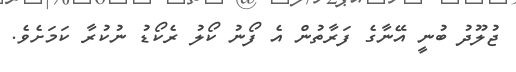
ޖުލޫދު ބުނީ އޭނާގެ ފަރާތުން އެ ފޯނު ކޯލު ރެކޯޑު ނުކުރާ ކަމަށެވެ.